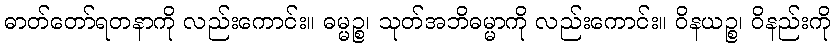
ဓာတ်တော်ရတနာကို လည်းကောင်း။ ဓမ္မဉ္စ၊ သုတ်အဘိဓမ္မာကို လည်းကောင်း။ ဝိနယဉ္စ၊ ဝိနည်းကို